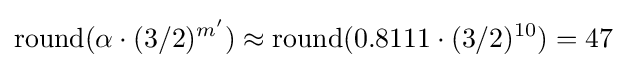
\operatorname {round} (\alpha \cdot (3/2)^{m^{\prime }})\approx \operatorname {round} (0.8111\cdot (3/2)^{10})=47